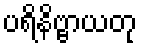
ပရိနိဗ္ဗာယတု